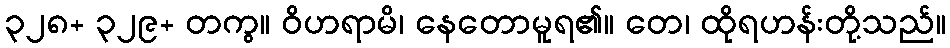
၃၂၈+ ၃၂၉+ တကွ။ ဝိဟရာမိ၊ နေတောမူရ၏။ တေ၊ ထိုရဟန်းတို့သည်။